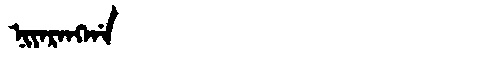
Manchu: ᠨᡳᠶᠠᡵᠠᠩᡤᠠ
Romanization: NIYARANGGA